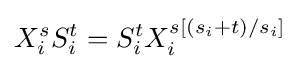
X_{i}^{s}S_{i}^{t}=S_{i}^{t}X_{i}^{s[(s_{i}+t)/s_{i}]}